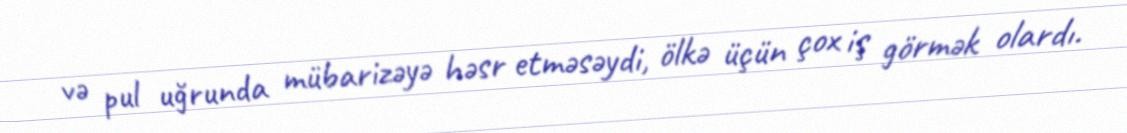
və pul uğrunda mübarizəyə həsr etməsəydi, ölkə üçün çox iş görmək olardı.